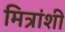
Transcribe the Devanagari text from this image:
मित्रांशी